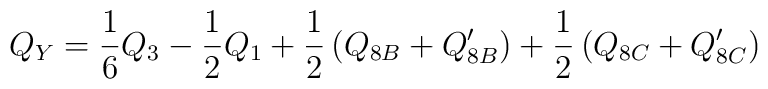
Q_Y = \frac{1}{6} Q_3 - \frac{1}{2} Q_1+ \frac{1}{2} \left( Q_{8B} + Q_{8B}' \right)+ \frac{1}{2} \left( Q_{8C} + Q_{8C}' \right)